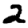
Digit: 2